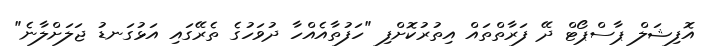
އޮފިޝަލް ޕާސްޕޯޓް ދޭ ފަރާތްތައް އިތުރުކޮށްފި "ހަފުތާއެއްހާ ދުވަހުގެ ތެރޭގައި އަޅުގަނޑު ޖަލަށްލާނެ"